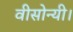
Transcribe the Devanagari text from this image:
वीसोन्यी।